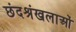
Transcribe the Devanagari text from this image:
छंदश्रंखलाओं